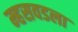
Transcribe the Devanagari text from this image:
म्हसवडला